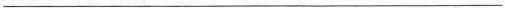
___